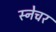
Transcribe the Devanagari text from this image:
स्नेचर